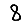
Digit: 8